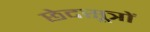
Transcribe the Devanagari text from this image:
छेदसूत्रों